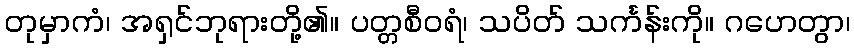
တုမှာကံ၊ အရှင်ဘုရားတို့၏။ ပတ္တစီဝရံ၊ သပိတ် သင်္ကန်းကို။ ဂဟေတွာ၊